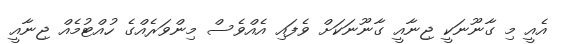
އެއީ މި ގާނޫނަކީ ޖިނާއީ ގާނޫނަކަށް ވެފައި އެއްވެސް މިންވަރެއްގެ ހުއްޓުމެއް ޖިނާއީ